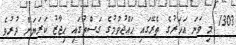
1303 މި ވަނަ އަހަރުގެ ތެރޭގައި ޙައްޖުވުމުގެ ގަސްތުގައި ޙިޖާޒު ކަރަޔަށް ދުރުވެ